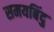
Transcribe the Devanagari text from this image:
समयबिंदु